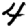
Digit: 4